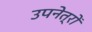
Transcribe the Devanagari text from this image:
उपनेत्रों